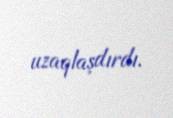
uzaqlaşdırdı.